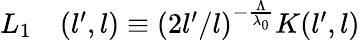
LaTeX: \begin{array}{rl}{L_{1}}&{{}(l^{\prime},l)\equiv(2l^{\prime}/l)^{-\frac{\Lambda}{\lambda_{0}}}K(l^{\prime},l)}\end{array}